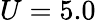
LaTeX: U=5.0